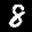
Label: 8